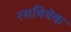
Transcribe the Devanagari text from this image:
रसविवेक